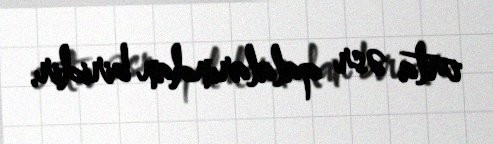
orta əsr qalalarından biridir.